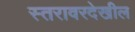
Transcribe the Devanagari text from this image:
स्तरावरदेखील